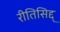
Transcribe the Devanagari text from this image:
रीतिसिद्द्